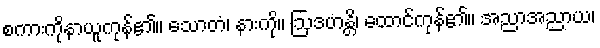
စကားကိုနာယူကုန်၏။ သောတံ၊ နားကို။ ဩဒဟန္တိ၊ ထောင်ကုန်၏။ အညာအညာယ၊